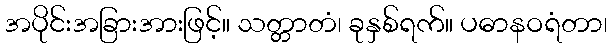
အပိုင်းအခြားအားဖြင့်။ သတ္တာတံ၊ ခုနှစ်ရက်။ ပဓာနဝရံတာ၊